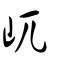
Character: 屼